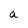
Character: a